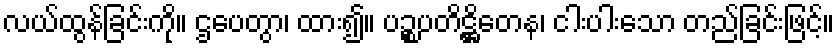
လယ်ထွန်ခြင်းကို။ ဌပေတွာ၊ ထား၍။ ပဉ္စပတိဋ္ဌိတေန၊ ငါးပါးသော တည်ခြင်းဖြင့်။